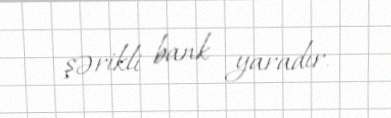
şərikli bank yaradır.